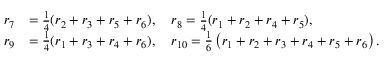
\begin{array} { r l } { r _ { 7 } } & { = \frac { 1 } { 4 } ( r _ { 2 } + r _ { 3 } + r _ { 5 } + r _ { 6 } ) , \quad r _ { 8 } = \frac { 1 } { 4 } ( r _ { 1 } + r _ { 2 } + r _ { 4 } + r _ { 5 } ) , } \\ { r _ { 9 } } & { = \frac { 1 } { 4 } ( r _ { 1 } + r _ { 3 } + r _ { 4 } + r _ { 6 } ) , \quad r _ { 1 0 } = \frac { 1 } { 6 } \left( r _ { 1 } + r _ { 2 } + r _ { 3 } + r _ { 4 } + r _ { 5 } + r _ { 6 } \right) . } \end{array}